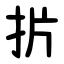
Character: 扸